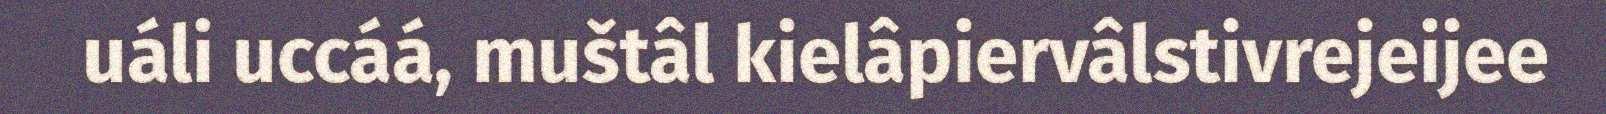
uáli uccáá, muštâl kielâpiervâlstivrejeijee